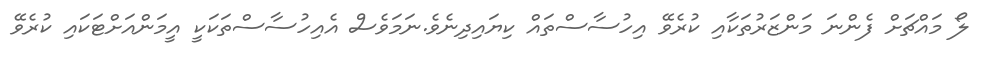
ލޯ މައްޗަށް ފެންނަ މަންޒަރުތަކާއި ކުރެވޭ އިހުސާސްތައް ކިޔައިދިނެވެ.ނަމަވެސް އެއިހުސާސްތަކަކީ އީމަންއަށްޓަކައި ކުރެވޭ